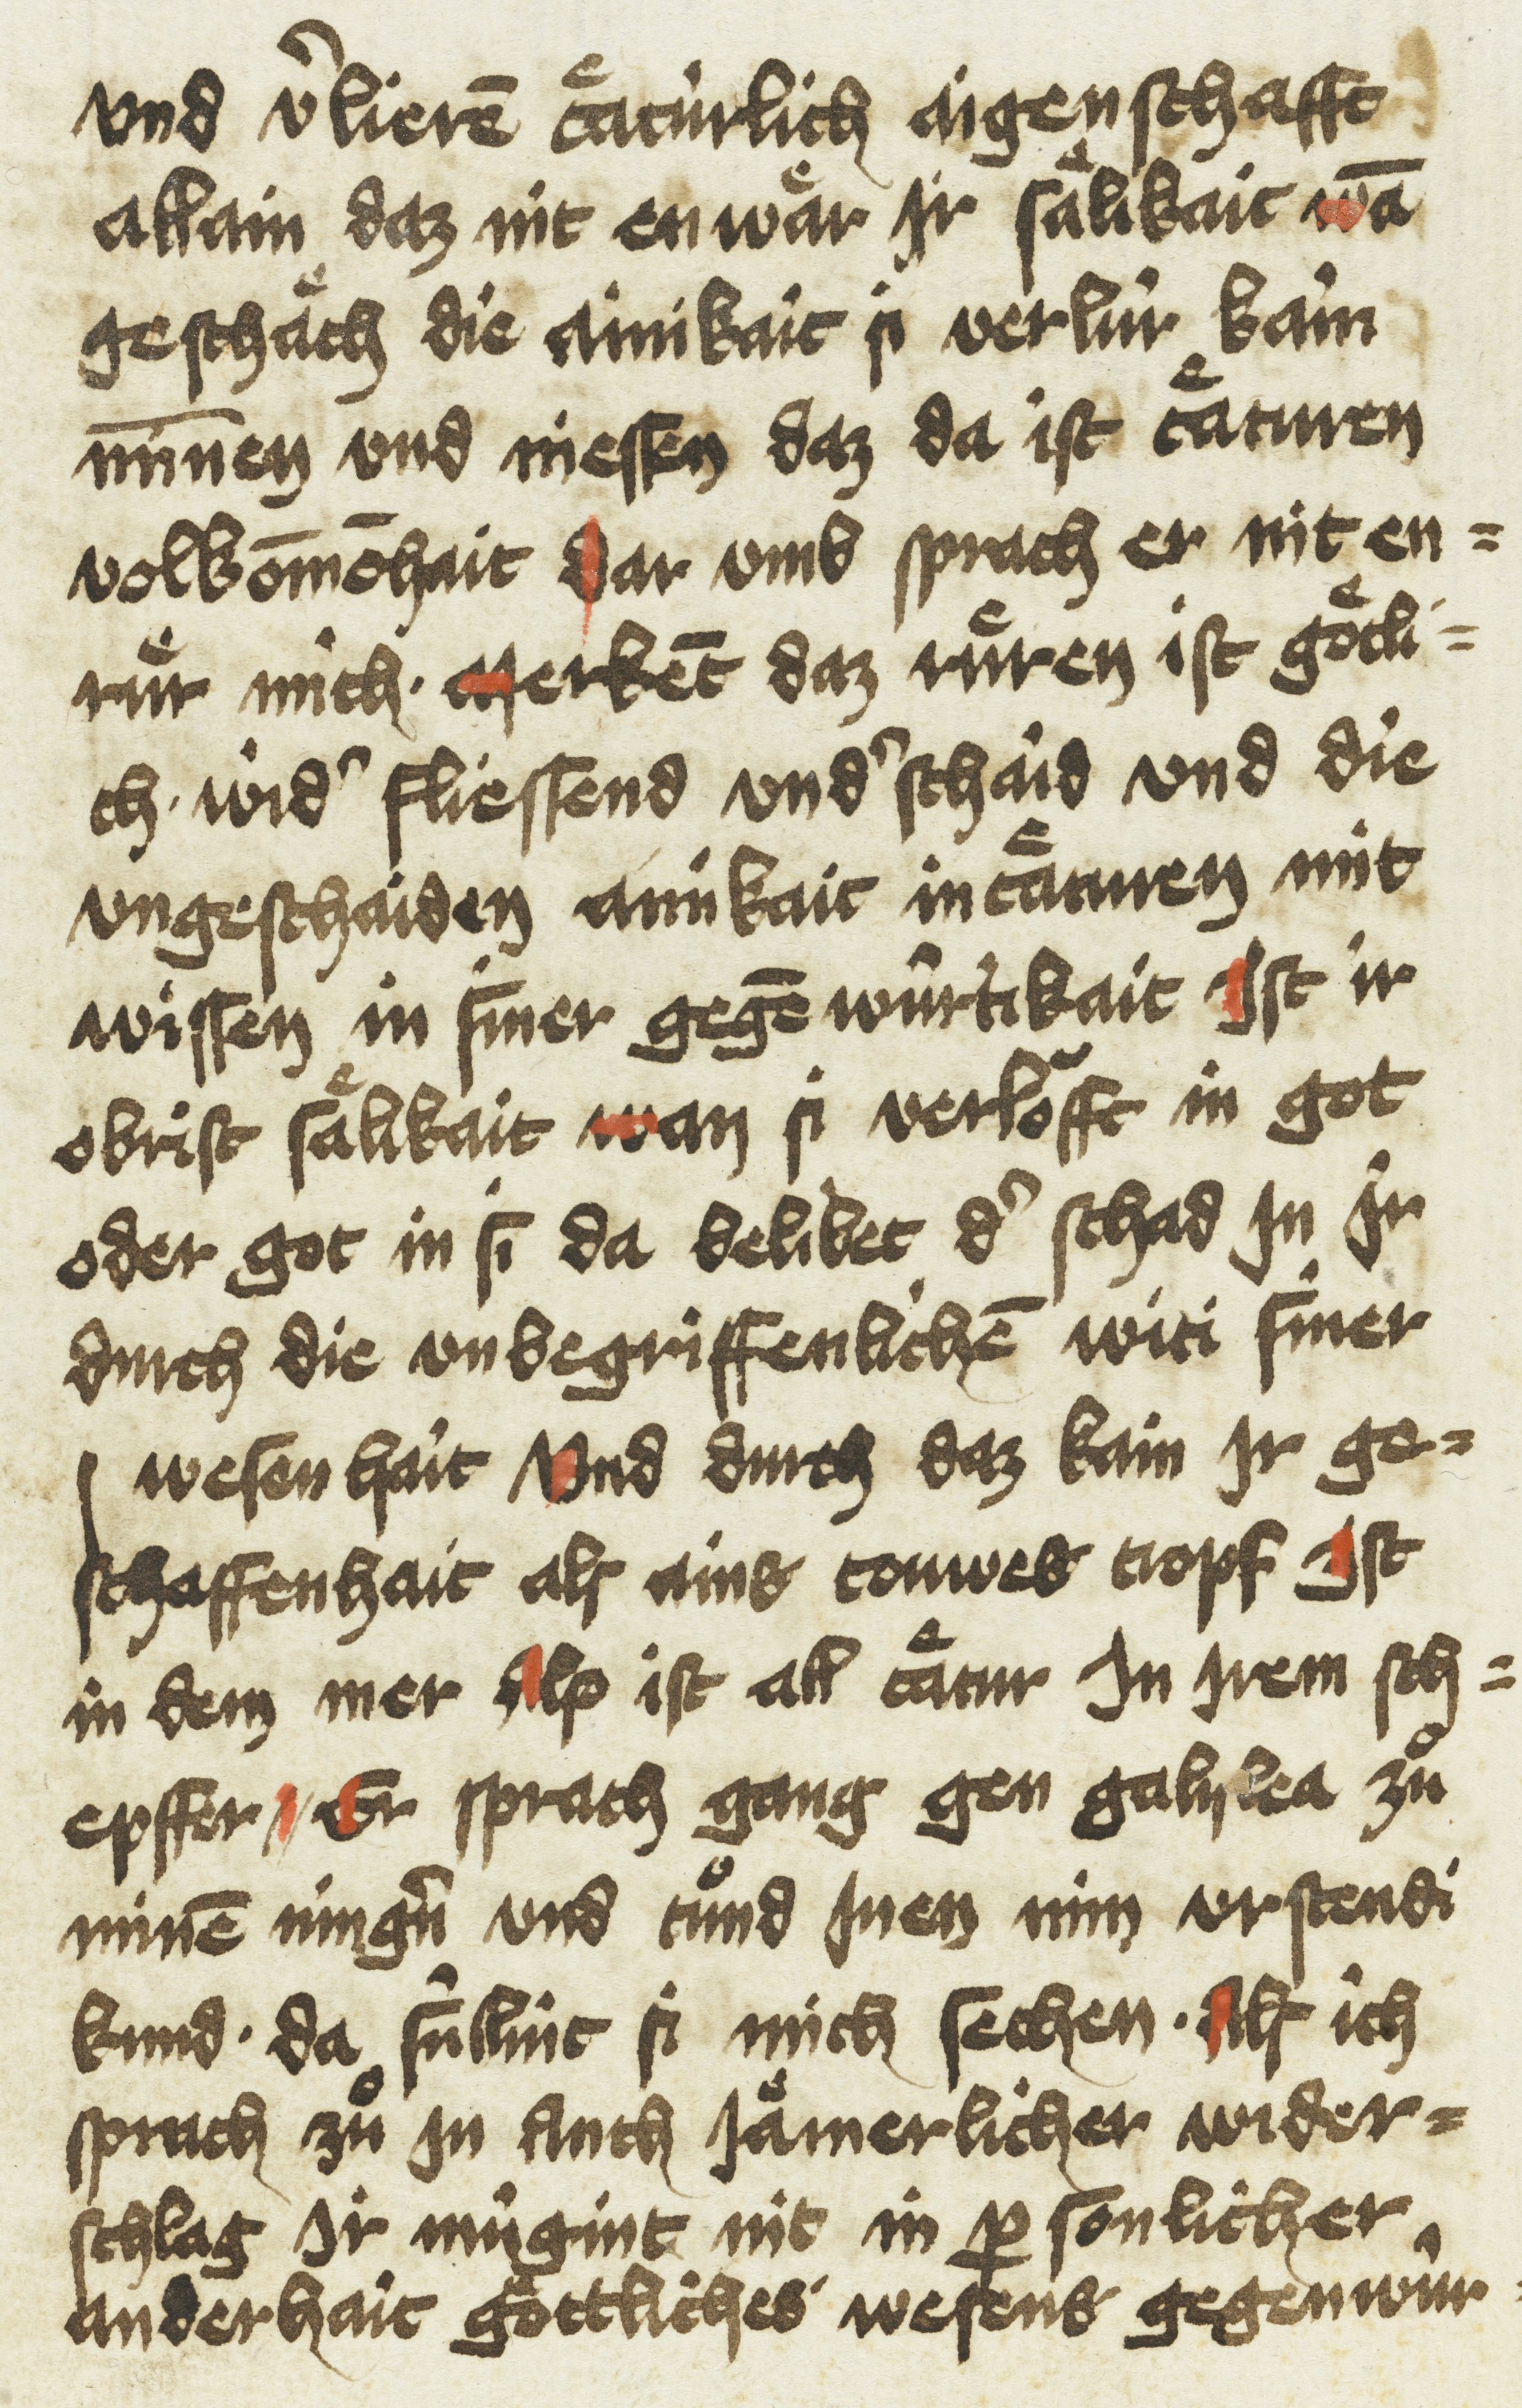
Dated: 1433–1499